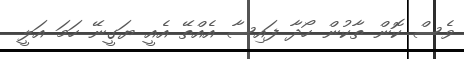
ވެސް ކޮން ތާކުން ހޯދާ ފައިސާ އެއްތޭ އެއީ ޔަގީނޭ ހަމަ އަލީ